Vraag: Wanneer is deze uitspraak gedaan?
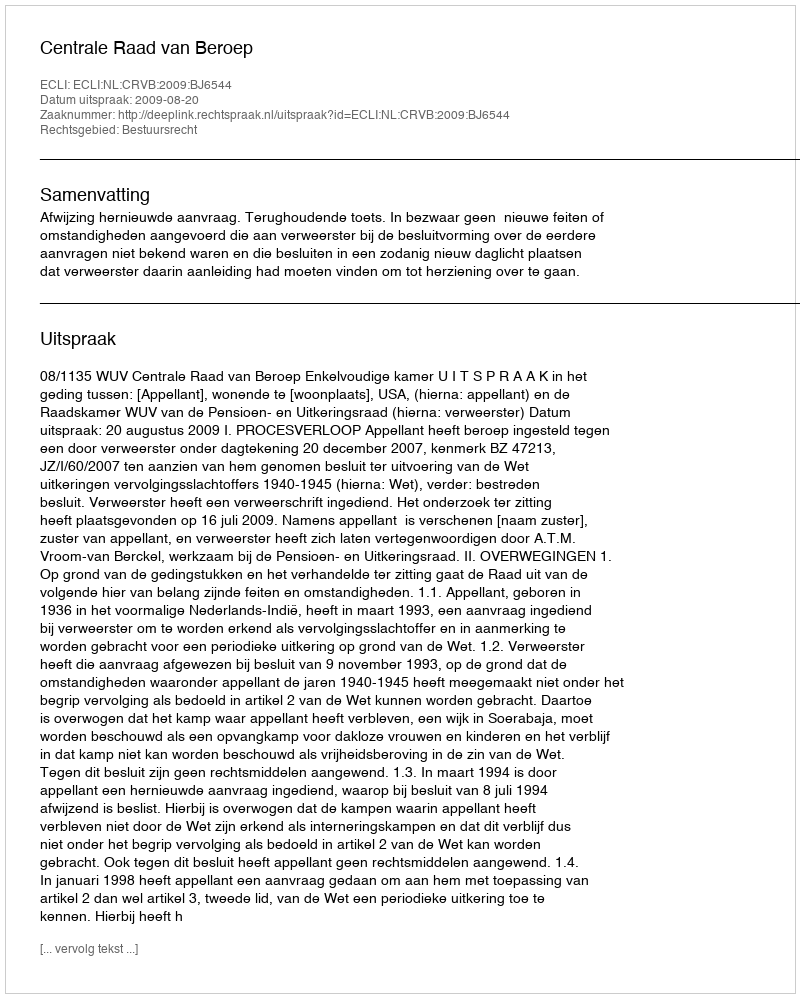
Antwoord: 2009-08-20